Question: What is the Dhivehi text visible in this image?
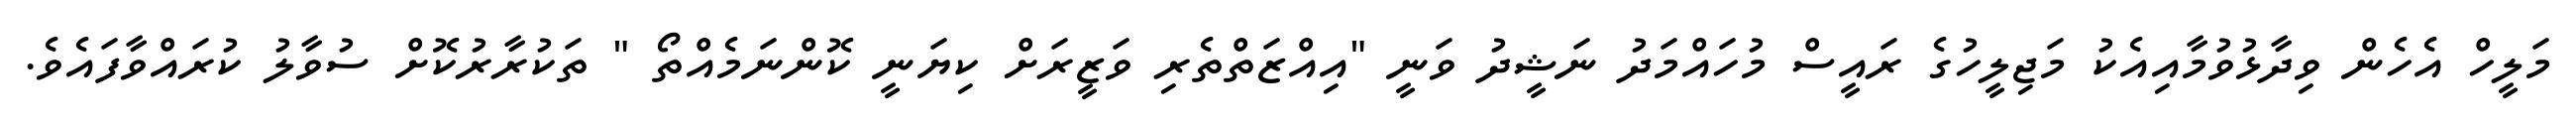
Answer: މަލީހް އެހެން ވިދާޅުވުމާއިއެކު މަޖިލީހުގެ ރައީސް މުހައްމަދު ނަޝީދު ވަނީ "އިއްޒަތްތެރި ވަޒީރަށް ކިޔަނީ ކޮންނަމެއްތޯ " ތަކުރާރުކޮށް ސުވާލު ކުރައްވާފައެވެ.